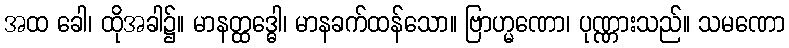
အထ ခေါ၊ ထိုအခါ၌။ မာနတ္ထဒ္ဓေါ၊ မာနခက်ထန်သော။ ဗြာဟ္မဏော၊ ပုဏ္ဏားသည်။ သမဏော